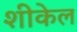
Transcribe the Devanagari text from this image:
शीकेल